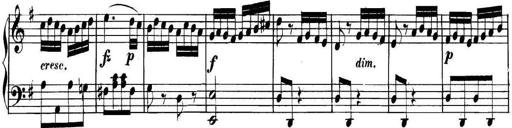
Title: Collected Piano Sonatas
Composer: Muzio Clementi